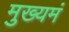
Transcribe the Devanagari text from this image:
मुख्यमं